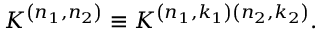
{ \cal K } ^ { \left( n _ { 1 } , n _ { 2 } \right) } \equiv { \cal K } ^ { \left( n _ { 1 } , k _ { 1 } \right) \left( n _ { 2 } , k _ { 2 } \right) } .